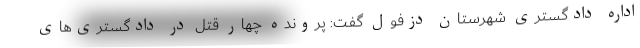
اداره دادگستری شهرستان دزفول گفت: پرونده چهار قتل در دادگستری‌های